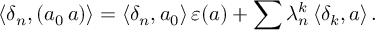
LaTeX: \langle \delta _ { n } , ( a _ { 0 } \, a ) \rangle = \langle \delta _ { n } , a _ { 0 } \rangle \, \varepsilon ( a ) + \sum \lambda _ { n } ^ { k } \, \langle \delta _ { k } , a \rangle \, .